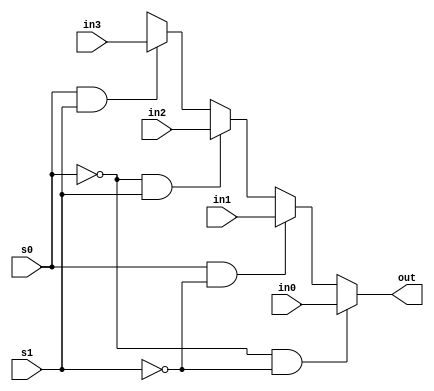
module selector_d(s0, s1, in0, in1, in2, in3, out);

// input :  output
// s1 s0
//  0  0 -> in0
//  0  1 -> in1
//  1  0 -> in2
//  1  1 -> in3

input s0, s1;
input [3:0] in0, in1, in2, in3;
output[3:0] out;

wire s0, s1;
wire [3:0] in0, in1, in2, in3;
wire [3:0] out;

assign out = func_selector(s0, s1, in0, in1, in2, in3);

function [3:0] func_selector;
    input s0, s1;
    input [3:0] in0, in1, in2, in3;

    if (s0 == 1'b0 && s1 == 1'b0) begin
        func_selector = in0;
    end else if (s0 == 1'b1 && s1 == 1'b0) begin
        func_selector = in1;
    end else if (s0 == 1'b0 && s1 == 1'b1) begin
        func_selector = in2;
    end else if (s0 == 1'b1 && s1 == 1'b1) begin
        func_selector = in3;
    end
endfunction

endmodule